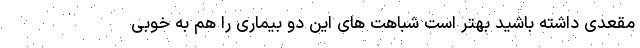
مقعدی داشته باشید بهتر است شباهت های این دو بیماری را هم به خوبی